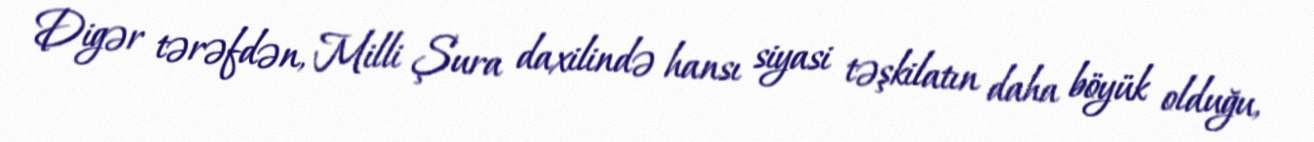
Digər tərəfdən, Milli Şura daxilində hansı siyasi təşkilatın daha böyük olduğu,